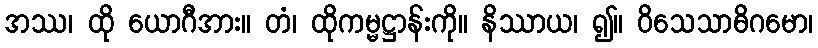
အဿ၊ ထို ယောဂီအား။ တံ၊ ထိုကမ္မဋ္ဌာန်းကို။ နိဿာယ၊ ၍။ ဝိသေသာဓိဂမော၊